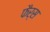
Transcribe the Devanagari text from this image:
फैर्स